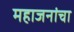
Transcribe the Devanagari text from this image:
महाजनांचा